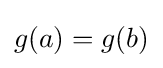
g(a)=g(b)